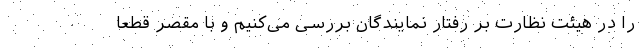
را در هیئت نظارت بر رفتار نمایندگان بررسی می‌کنیم و با مقصر قطعاً